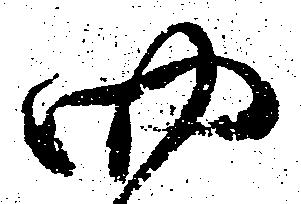
四